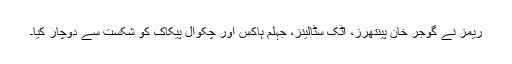
ریمز نے گوجر خان پینتھرز، اٹک سٹالینز، جہلم ہاکس اور چکوال پیکاک کو شکست سے دوچار کیا۔